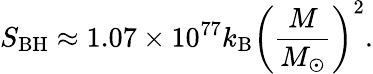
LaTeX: S_{\mathrm{BH}}\approx 1.07\times 10^{77}k_{\mathrm{B}}\left(\frac{M}{M_{\odot}}\right)^{2}.